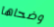
وضحاها